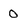
Character: O